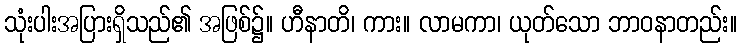
သုံးပါးအပြားရှိသည်၏ အဖြစ်၌။ ဟီနာတိ၊ ကား။ လာမကာ၊ ယုတ်သော ဘာဝနာတည်း။